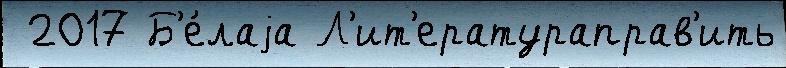
 2017 Б'е́лаjа Л'ит'ератураправ'ить